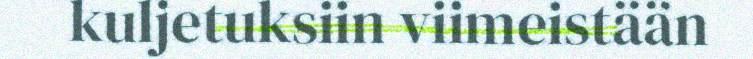
kuljetuksiin viimeistään